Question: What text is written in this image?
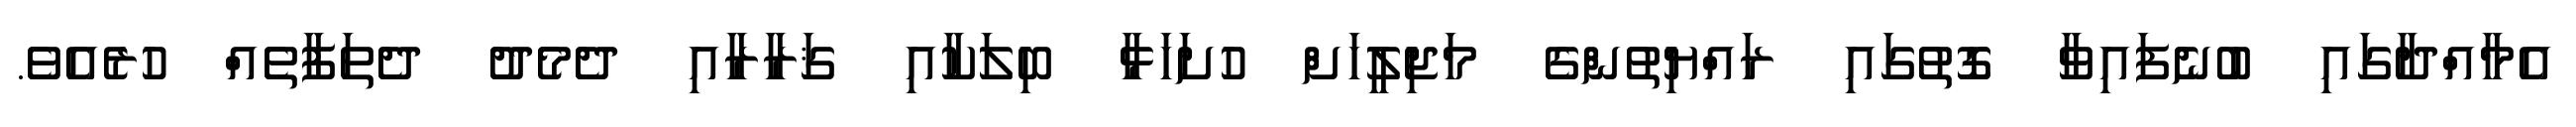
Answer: އެމާއްދާގައި ބުނެފައިވާ ގޮތުގައި ރައްޔިތުންގެ މަޖިލީހަށް ހުށަހަޅާ ބިލަކާއި ޤަރާރާއި ދެމެދު ދެތަފާތެއް ހުރެއެވެ.